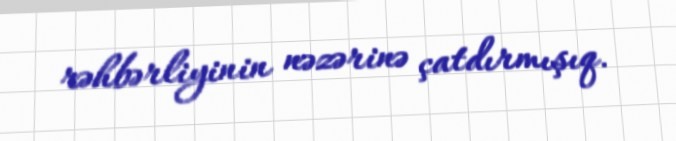
rəhbərliyinin nəzərinə çatdırmışıq.